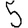
Digit: 5